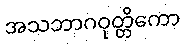
အသဘာဂဝုတ္တိကော